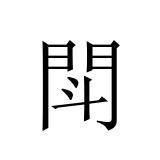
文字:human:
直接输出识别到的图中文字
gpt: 閗